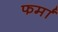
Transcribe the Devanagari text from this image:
फर्मां